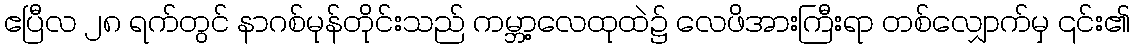
ဧပြီလ ၂၈ ရက်တွင် နာဂစ်မုန်တိုင်းသည် ကမ္ဘာ့လေထုထဲ၌ လေဖိအားကြီးရာ တစ်လျှောက်မှ ၎င်း၏